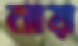
বায়